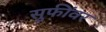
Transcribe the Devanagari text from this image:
सुफींवर